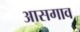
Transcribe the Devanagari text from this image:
आसगाव